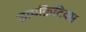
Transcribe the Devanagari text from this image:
डायक्रिटिक्स